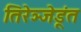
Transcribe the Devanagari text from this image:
तिरेञ्जेडूंत